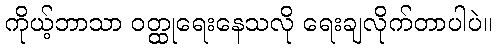
ကိုယ့်ဘာသာ ဝတ္ထုရေးနေသလို ရေးချလိုက်တာပါပဲ။